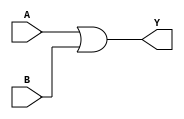
module or_gate (
    input wire A,
    input wire B,
    output reg Y
);

always @ (A, B)
begin
    Y = A | B; // Perform OR operation on inputs A and B
end

endmodule